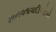
માનવતાવાદીઓએ